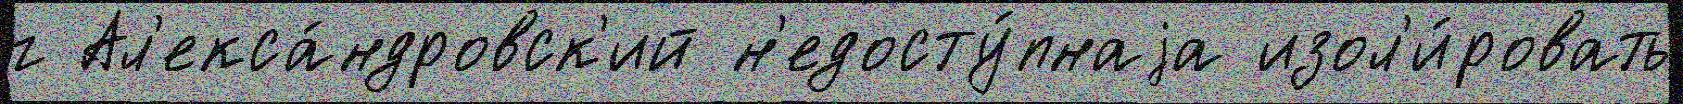
г Ал'екса́ндровск'ий н'едосту́пнаjа изол'и́ровать